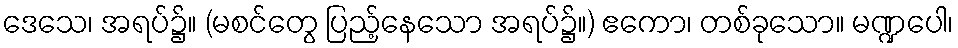
ဒေသေ၊ အရပ်၌။ (မစင်တွေ ပြည့်နေသော အရပ်၌။) ဧကော၊ တစ်ခုသော။ မဏ္ဍပေါ၊